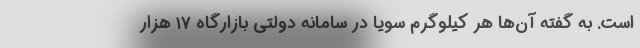
است. به گفته آن‌ها هر کیلوگرم سویا در سامانه دولتی بازارگاه ۱۷ هزار